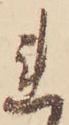
れ